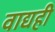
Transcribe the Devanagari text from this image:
वाद्यही